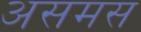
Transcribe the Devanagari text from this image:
असमस